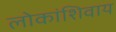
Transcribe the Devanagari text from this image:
लोकांशिवाय